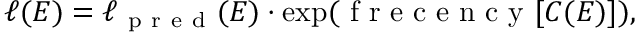
\ell ( E ) = \ell _ { \mathrm { ~ p ~ r ~ e ~ d ~ } } ( E ) \cdot \exp ( \mathrm { ~ f ~ r ~ e ~ c ~ e ~ n ~ c ~ y ~ } [ C ( E ) ] ) ,